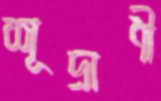
শূদ্রাণী